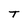
Character: T